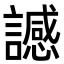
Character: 䜗